Annual returns of the Patna Lunatic Asylum at Bankipore in Bihar and Orissa - 1912-1924
Year: 1912
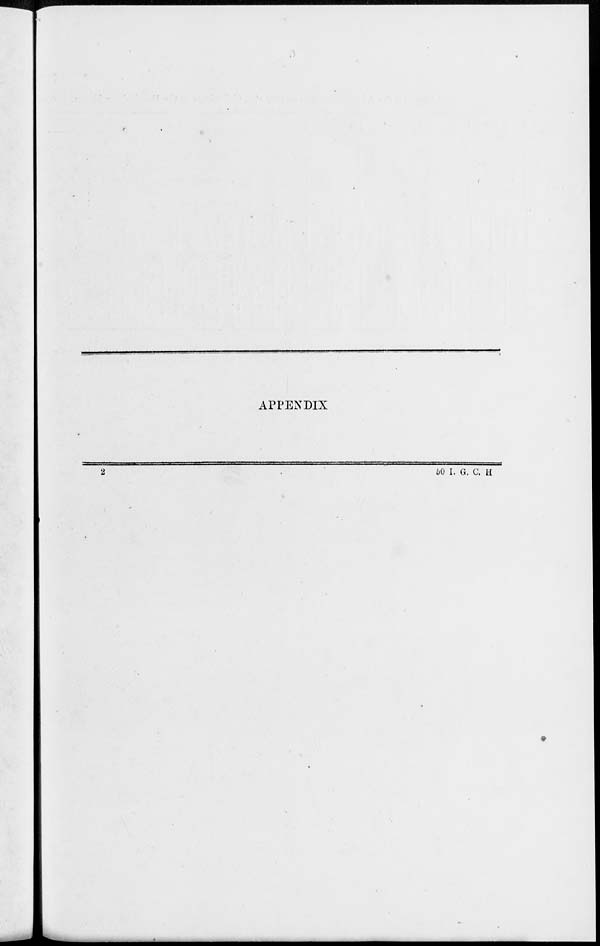
APPENDIX
2
50 I. G. C. H